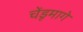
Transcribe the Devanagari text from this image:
चेंडूमागे